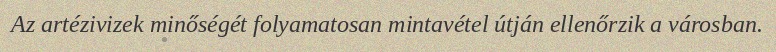
Az artézivizek minőségét folyamatosan mintavétel útján ellenőrzik a városban.